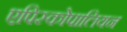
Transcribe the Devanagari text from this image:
एपिस्कोपालियन